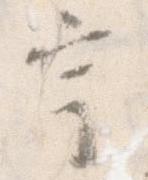
宇